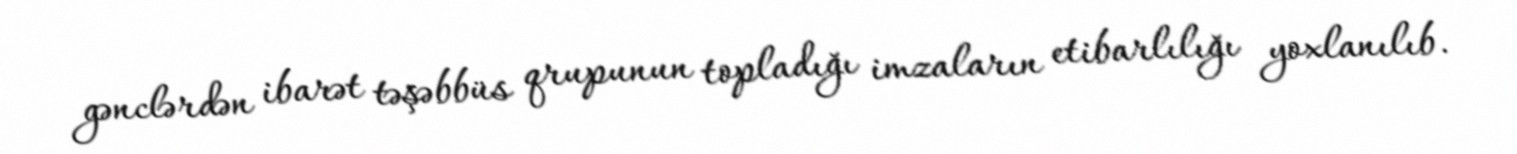
gənclərdən ibarət təşəbbüs qrupunun topladığı imzaların etibarlılığı yoxlanılıb.